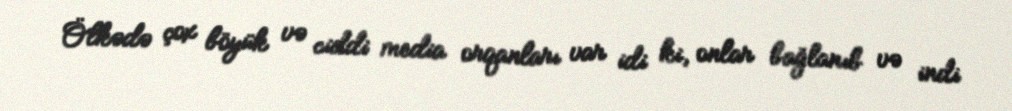
Ölkədə çox böyük və ciddi media orqanları var idi ki, onlar bağlanıb və indi